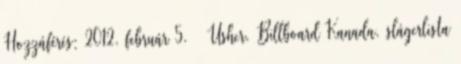
Hozzáférés: 2012. február 5. ↑ Usher, Billboard Kanada, slágerlista